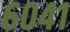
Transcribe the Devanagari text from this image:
६०४१